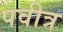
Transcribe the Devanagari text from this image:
पवीत्र